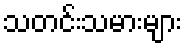
သတင်းသမားများ